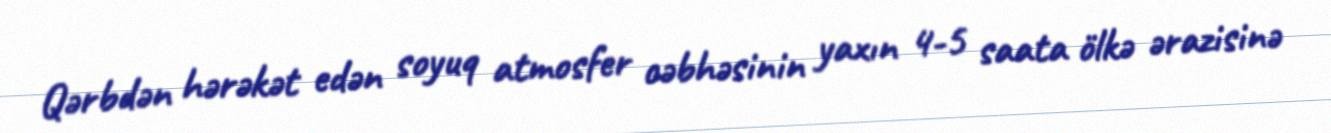
Qərbdən hərəkət edən soyuq atmosfer cəbhəsinin yaxın 4-5 saata ölkə ərazisinə